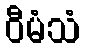
ဝီမံသံ